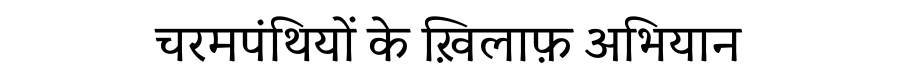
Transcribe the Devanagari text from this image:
चरमपंथियों के ख़िलाफ़ अभियान